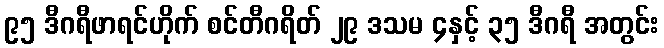
၉၅ ဒီဂရီဖာရင်ဟိုက် စင်တီဂရိတ် ၂၉ ဒသမ ၄နှင့် ၃၅ ဒီဂရီ အတွင်း